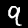
Digit: 9